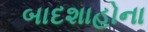
બાદશાહોના